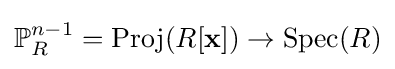
\mathbb {P} _{R}^{n-1}=\operatorname {Proj} (R[\mathbf {x} ])\to \operatorname {Spec} (R)